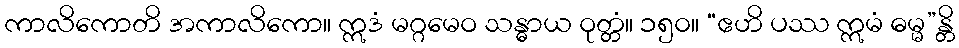
ကာလိကောတိ အကာလိကော။ ဣဒံ မဂ္ဂမေဝ သန္ဓာယ ဝုတ္တံ။ ၁၅၀။ “ဧဟိ ပဿ ဣမံ ဓမ္မ”န္တိ